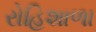
રોહિશાળા